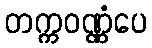
တက္ကဝဏ္ဏံပေ